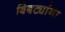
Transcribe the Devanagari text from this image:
बिबट्यांना